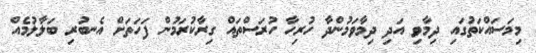
މިމަސައްކަތުގައި ދިމާވި އަދި ދިމާވަމުންދާ ހުރިހާ ހުރަސްތައް ގިރާކުރަމުން ފަހަތަށް އެނބުރި ބަލާލުމެއް